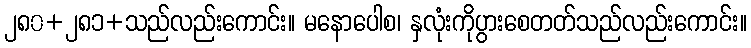
၂၈၀+၂၈၁+သည်လည်းကောင်း။ မနောပေါစ၊ နှလုံးကိုပွားစေတတ်သည်လည်းကောင်း။